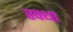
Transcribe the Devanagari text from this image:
रक्था